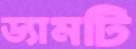
ড্যামটি